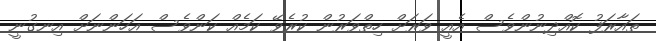
ތައާރަފު ކޮއްދިނުންވެސް އެއީ ވަރަށް ހިތްވަރުން ކުރެވޭ ކަމެއް ކަންވެސް އަހަންނަށް އިނގުނީ